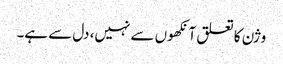
وژن کا تعلق آنکھوں سے نہیں، دل سے ہے۔